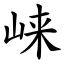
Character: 崃